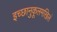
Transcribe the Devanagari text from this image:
इच्छानुकूलमखिलं